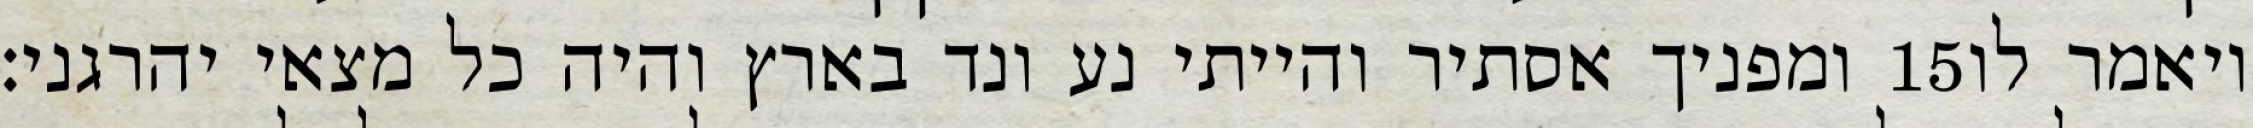
ומפניך אסתיר והייתי נע ונד בארץ והיה כל מצאי יהרגני׃ ‎15‏ ויאמר לו